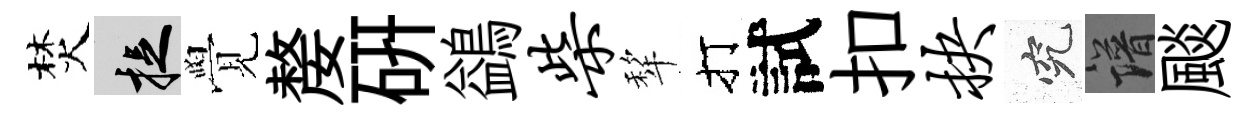
焚捉覺嫠硏鷁柴犂打試扣抉究譜颷